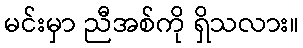
မင်းမှာ ညီအစ်ကို ရှိသလား။